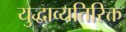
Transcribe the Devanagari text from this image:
युद्धाव्यतिरिक्त